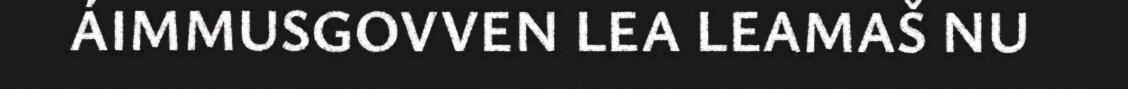
ÁIMMUSGOVVEN LEA LEAMAŠ NU